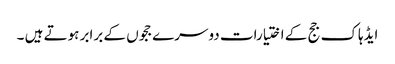
ایڈہاک جج کے اختیارات دوسرے ججوں کے برابر ہوتے ہیں ۔